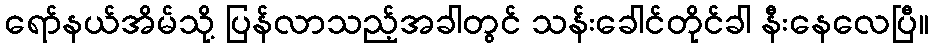
ရော်နယ်အိမ်သို့ ပြန်လာသည့်အခါတွင် သန်းခေါင်တိုင်ခါ နီးနေလေပြီ။